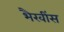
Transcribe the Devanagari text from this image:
भैरवींस